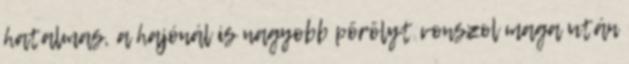
hatalmas, a hajónál is nagyobb pörölyt vonszol maga után